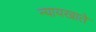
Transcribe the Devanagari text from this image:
न्यायखाते